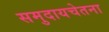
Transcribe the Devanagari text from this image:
समुदायचेतना